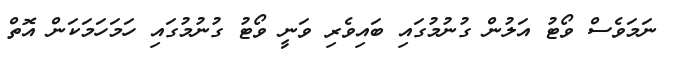
ނަމަވެސް ވޯޓު އަލުން ގުނުމުގައި ބައިވެރި ވަނީ ވޯޓު ގުނުމުގައި ހަމަހަމަކަން އޮތް